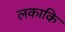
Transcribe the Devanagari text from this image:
लकाकि